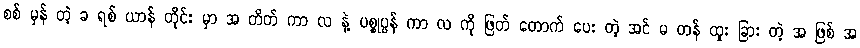
စစ် မှန် တဲ့ ခ ရစ် ယာန် တိုင်း မှာ အ တိတ် ကာ လ နဲ့ ပစ္စုပ္ပန် ကာ လ ကို ဖြတ် တောက် ပေး တဲ့ အင် မ တန် ထူး ခြား တဲ့ အ ဖြစ် အ